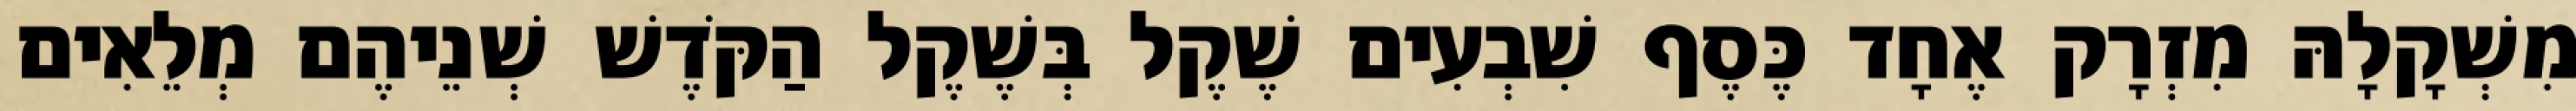
מִשְׁקָלָהּ מִזְרָק אֶחָד כֶּסֶף שִׁבְעִים שֶׁקֶל בְּשֶׁקֶל הַקֹּדֶשׁ שְׁנֵיהֶם מְלֵאִים